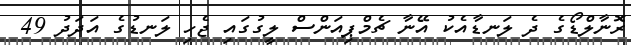
ރޮނާލްޑޯގެ ދެ ލަނޑާއެކު އޭނާ ޗެމްޕިއަންސް ލީގުގައި ޖެހި ލަނޑުގެ އަދަދު 49